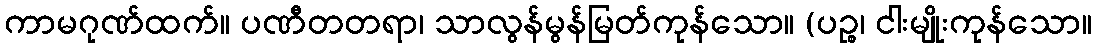
ကာမဂုဏ်ထက်။ ပဏီတတရာ၊ သာလွန်မွန်မြတ်ကုန်သော။ (ပဉ္စ၊ ငါးမျိုးကုန်သော။